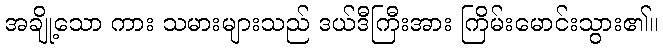
အချို့သော ကား သမားများသည် ဒယ်ဒီကြီးအား ကြိမ်းမောင်းသွား၏။